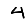
Digit: 4